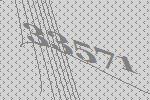
33571